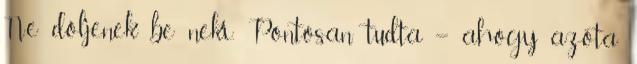
Ne dőljenek be neki. Pontosan tudta – ahogy azóta